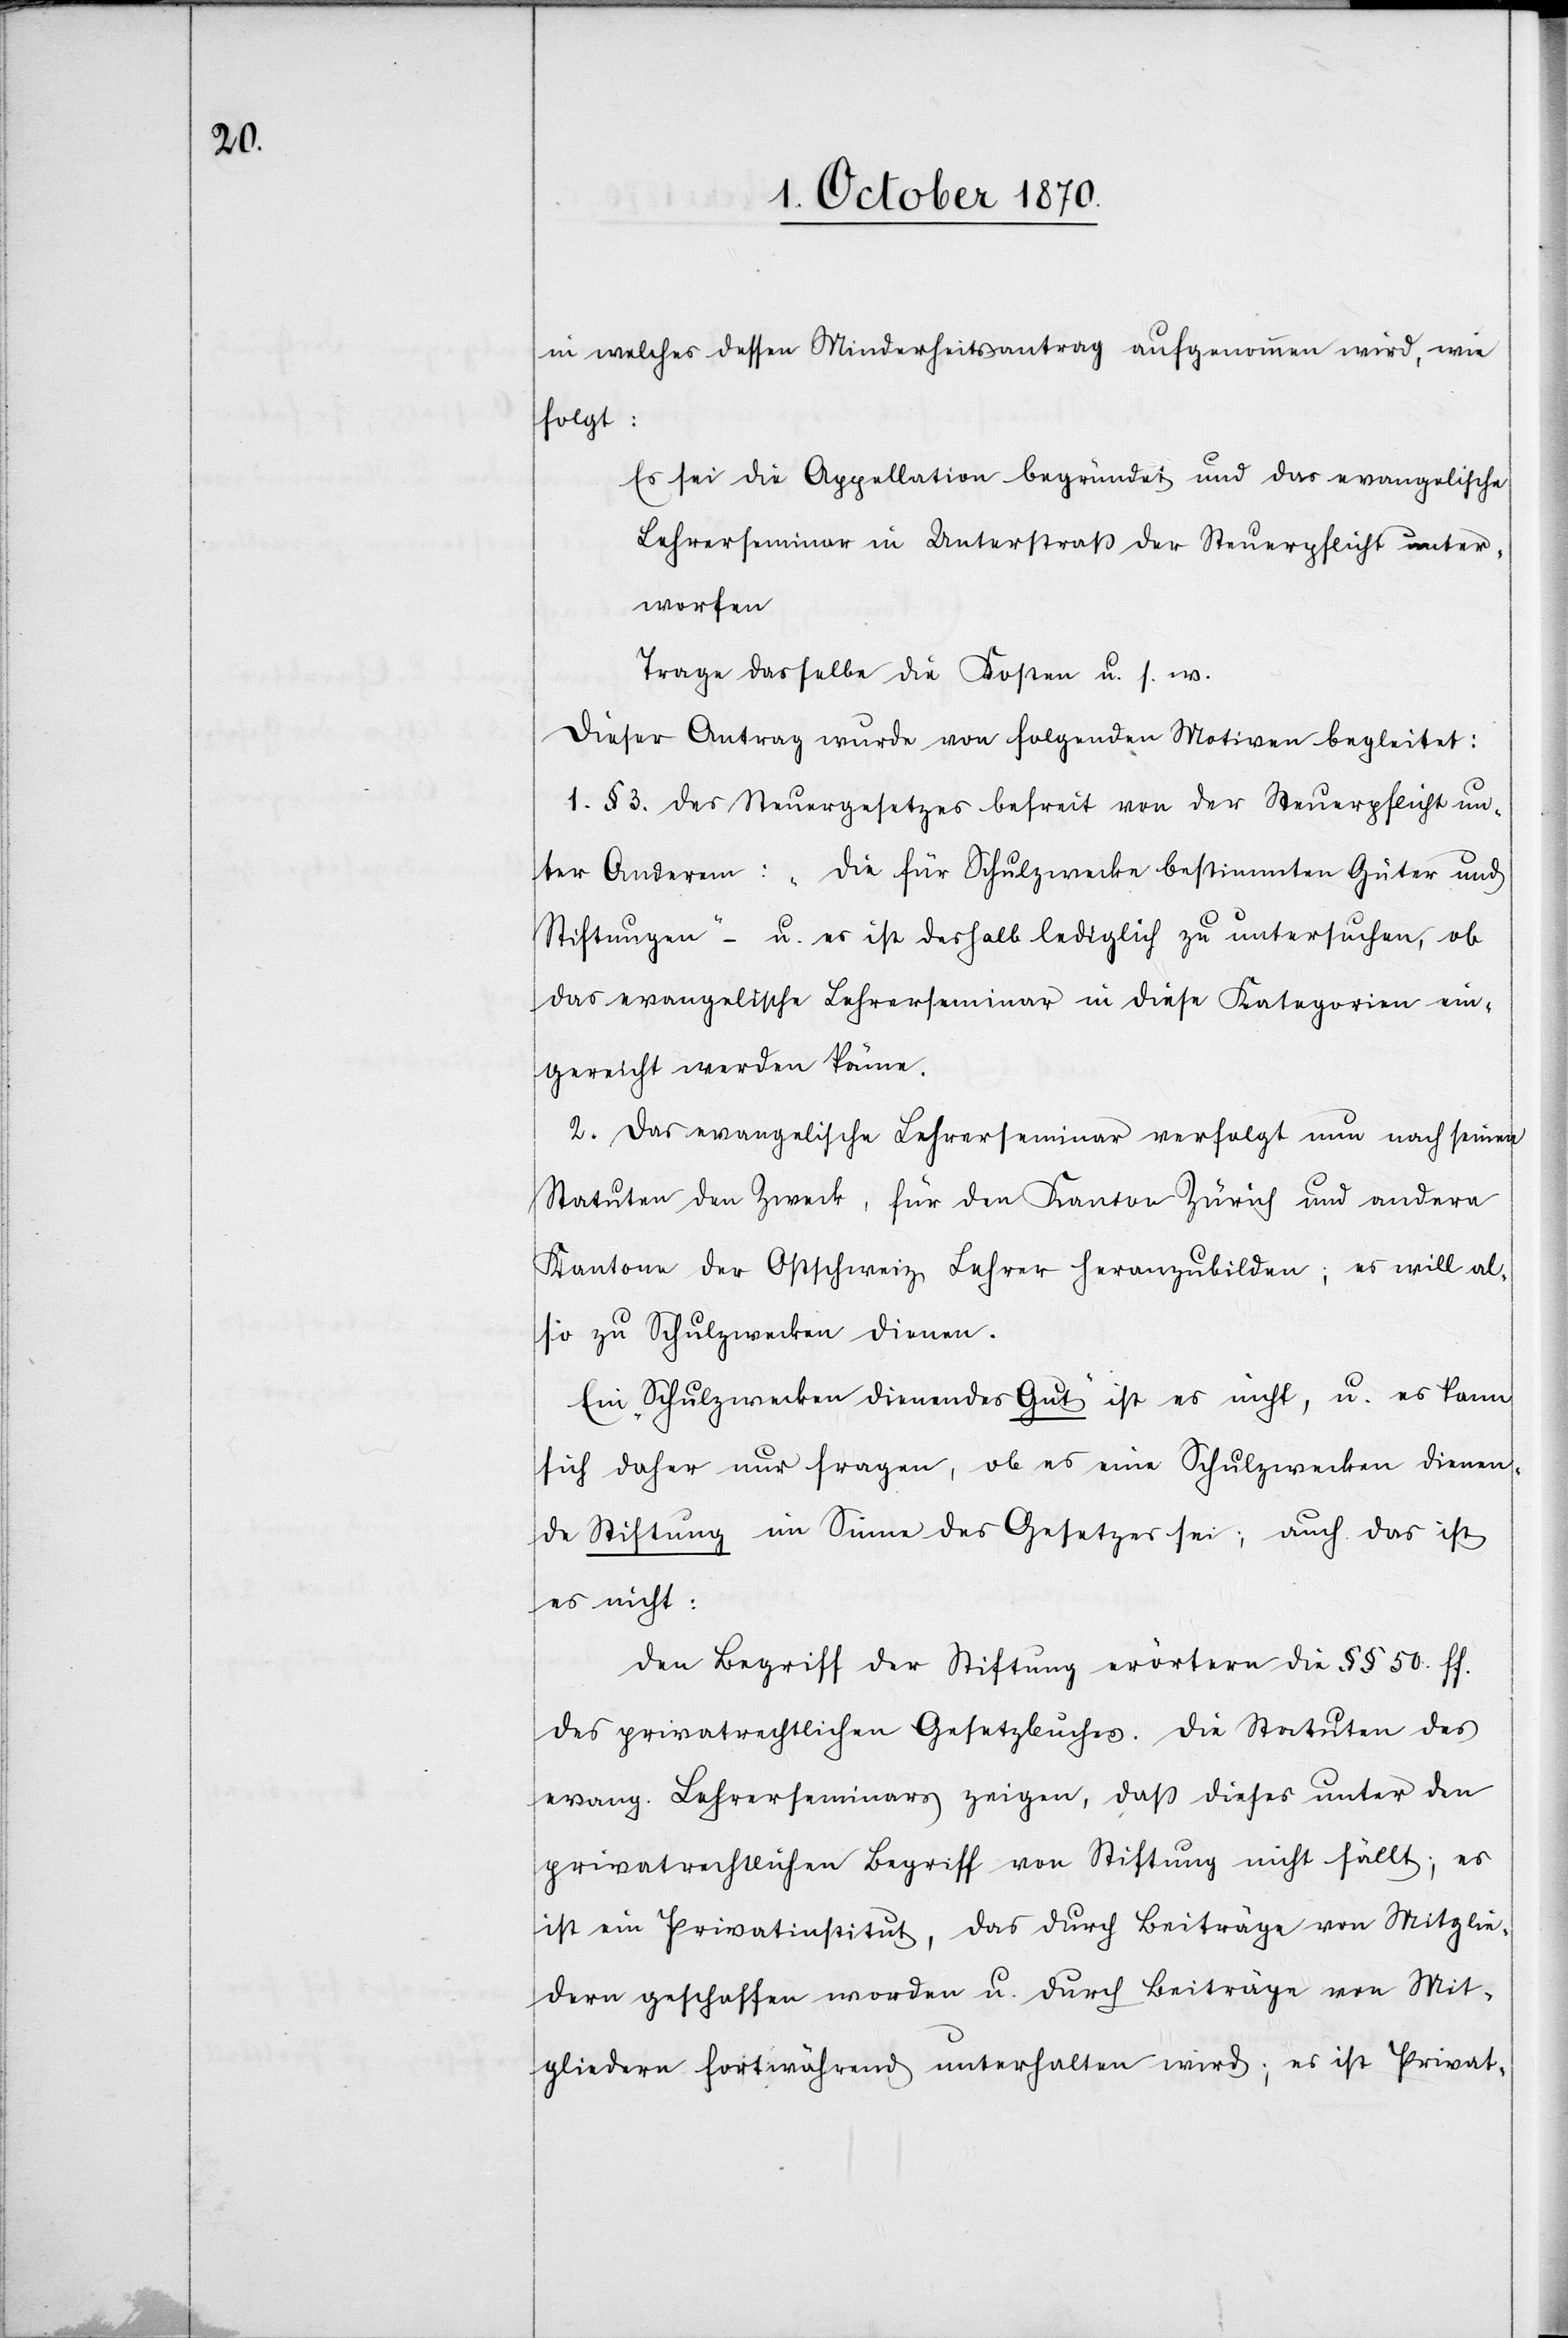
in welches dessen Minderheitsantrag aufgenommen wird, wie
folgt:
Es sei die Appellation begründet und das evangelische
Lehrerseminar in Unterstraß der Steuerpflicht unter¬
worfen.
Trage dasselbe die Kosten u. s. w.
Dieser Antrag wurde von folgenden Motiven begleitet:
1. § 3. Das Steuergesetz befreit von der Steuerpflicht un¬
ter Anderem: „Die für Schulzwecke bestimmten Güter und
Stiftungen“ – u. es ist deshalb lediglich zu untersuchen, ob
das evangelische Lehrerseminar in diese Kategorien ein¬
gereicht werden könne.
2. Das evangelische Lehrerseminar verfolgt nun nach seinen
Statuten den Zweck, für den Kanton Zürich und andere
Kantone der Ostschweiz Lehrer heranzubilden, es will al¬
so zu Schulzwecken dienen.
Ein „Schulzwecken dienendes Gut“ ist es nicht, u. es kann
sich daher nur fragen, ob es eine Schulzwecken dienen¬
de Stiftung im Sinne des Gesetzes sei; auch das ist
es nicht:
Den Begriff der Stiftung erörtern die §§ 50. ff.
des privatrechtlichen Gesetzbuches. Die Statuten des
evang. Lehrerseminars zeigen, daß dieses unter den
privatrechtlichen Begriff von Stiftung nicht fällt; es
ist ein Privatinstitut, das durch Beiträge von Mitglie¬
dern geschaffen worden u. durch Beiträge von Mit¬
gliedern fortwährend unterhalten wird; es ist Privat-